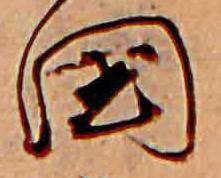
国